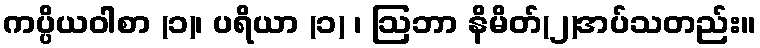
ကပ္ပိယဝါစာ (၁)၊ ပရိယာ (၁) ၊ ဩဘာ နိမိတ်(၂)အပ်သတည်း။